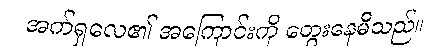
အက်ရှလေ၏ အကြောင်းကို တွေးနေမိသည်။